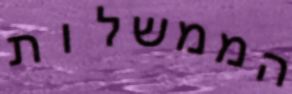
הממשלות